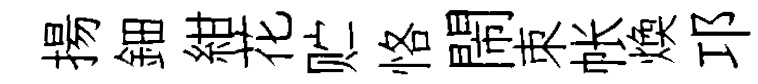
揚鈿紺花贮恪閙朿帐煥邛